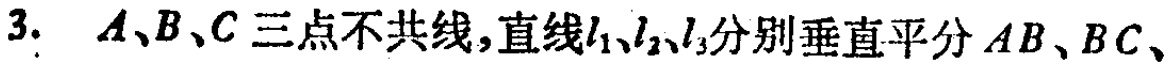
3. \(A、B、C\)三点不共线，直线\(l_1、l_2、l_3\)分别垂直平分\(AB、BC、\)